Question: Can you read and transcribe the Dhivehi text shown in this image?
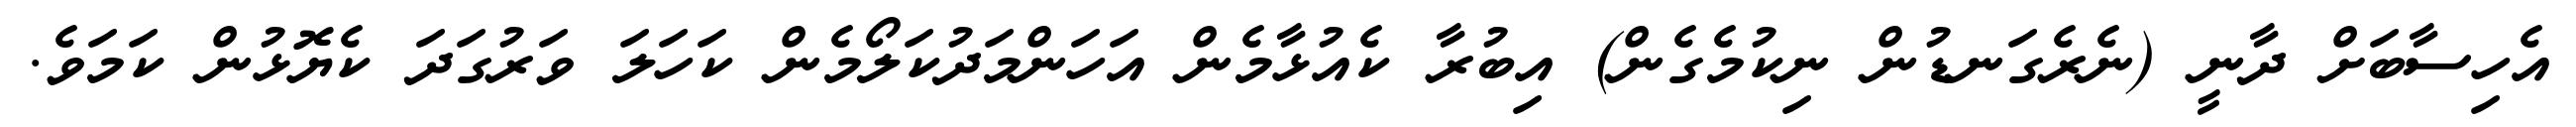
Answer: އެހިސާބަށް ދާނީ (ނެރެގަނޑުން ނިކުމެގެން) އިބުރާ ކެއުޅާމެން އަހަންމަދުކަލޯމެން ކަހަލަ ވަރުގަދަ ކެޔޮޅުން ކަމަވެ.